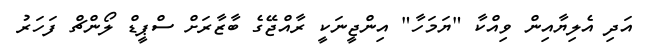
އަދި އެލިޔާއިން ވިއްކާ "ޔަމަހާ" އިންޖީނަކީ ރާއްޖޭގެ ބާޒާރަށް ސްޕީޑް ލޯންޗް ފަހަރު